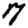
Digit: 7